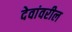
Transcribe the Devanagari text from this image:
देवांवरील